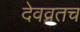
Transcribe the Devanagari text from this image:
देवव्रतच